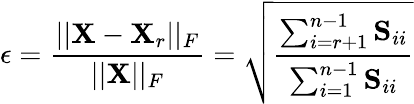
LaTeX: \epsilon=\frac{||\mathbf{X}-\mathbf{X}_{r}||_{F}}{||\mathbf{X}||_{F}}=\sqrt{\frac{\sum_{i=r+1}^{n-1}\mathbf{S}_{ii}}{\sum_{i=1}^{n-1}\mathbf{S}_{ii}}}